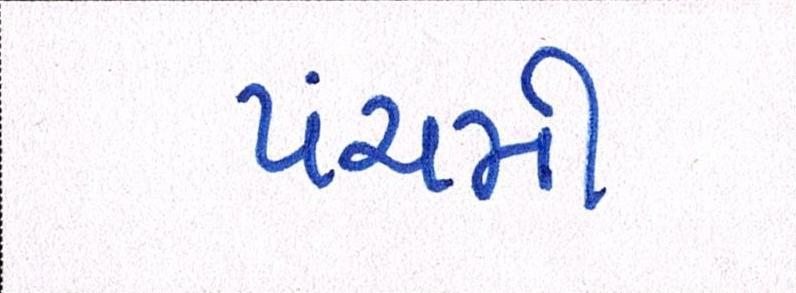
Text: પંચમી